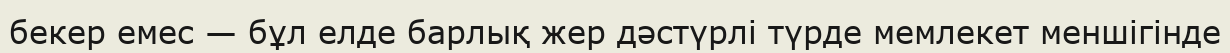
бекер емес — бұл елде барлық жер дәстүрлі түрде мемлекет меншігінде